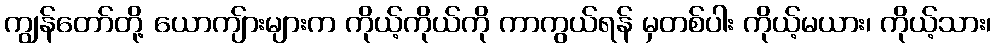
ကျွန်တော်တို့ ယောကျ်ားများက ကိုယ့်ကိုယ်ကို ကာကွယ်ရန် မှတစ်ပါး ကိုယ့်မယား၊ ကိုယ့်သား၊